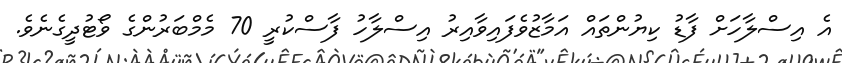
އެ އިސްލާހަށް ފާޑު ކިޔުންތައް އަމާޒުވެފައިވާއިރު އިސްލާހު ފާސްކުރީ 70 މެމްބަރުންގެ ވޯޓުދީގެނެވެ.